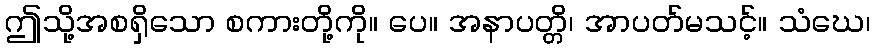
ဤသို့အစရှိသော စကားတို့ကို။ ပေ။ အနာပတ္တိ၊ အာပတ်မသင့်။ သံဃေ၊